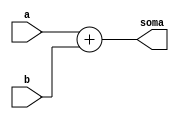
module somador(
  input [3:0] a, // entrada de 4 bits
  input [3:0] b, // entrada de 4 bits
  output [3:0] soma // sada de 4 bits
);

  assign soma = a + b; // soma dos dois sinais de entrada

endmodule